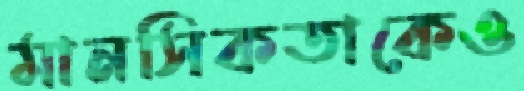
মানসিকতাকেও